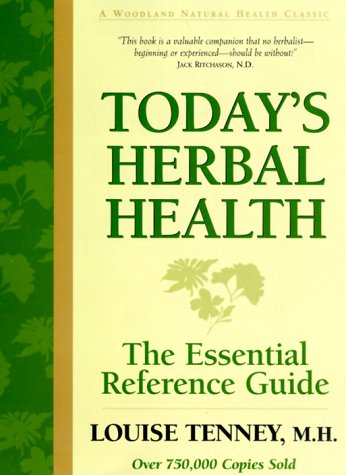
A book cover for Today's Herbal Health: The Essential Reference Guide; Louise Tenney; Health, Fitness & Dieting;